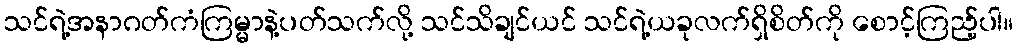
သင်ရဲ့အနာဂတ်ကံကြမ္မာနဲ့ပတ်သက်လို့ သင်သိချင်ယင် သင်ရဲ့ယခုလက်ရှိစိတ်ကို စောင့်ကြည့်ပါ။